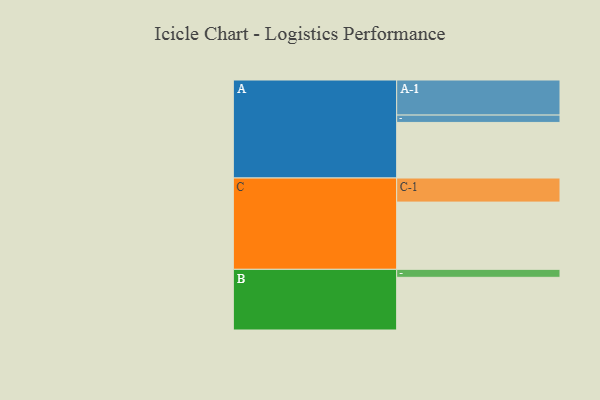
{"axis": {"x": "Segment", "y": "Value"}, "legend": ["", "A", "B", "C"], "data": [{"x": "A", "y": 439, "type": ""}, {"x": "B", "y": 416, "type": ""}, {"x": "C", "y": 531, "type": ""}, {"x": "A-1", "y": 277, "type": "A"}, {"x": "A-2", "y": 58, "type": "A"}, {"x": "B-1", "y": 63, "type": "B"}, {"x": "C-1", "y": 190, "type": "C"}]}